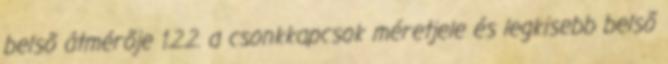
belsõ átmérõje 1.2.2. a csonkkapcsok méretjele és legkisebb belsõ